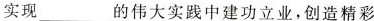
实现___的伟大实践中建功立业，创造精彩。